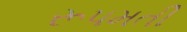
રૂપમતી